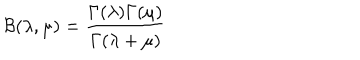
{ \cal B } ( \lambda , \mu ) = \frac { \Gamma ( \lambda ) \Gamma ( \mu ) } { \Gamma ( \lambda + \mu ) }